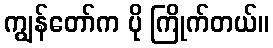
ကျွန်တော်က ပို ကြိုက်တယ်။